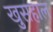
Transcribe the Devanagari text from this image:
खुसहाल